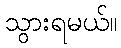
သွားရမယ်။